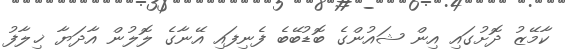
ކާމޭޒު ދޮށުގައި އިން ޝައުންގެ ބޮޑުބޭބެ ފެނިފައި އޭނާގެ ލޮލުން އާދަޔާ ޚިލާފު